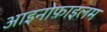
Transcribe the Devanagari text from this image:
आइनोफ़ाइलम